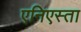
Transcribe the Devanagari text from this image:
एनिएस्ता